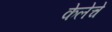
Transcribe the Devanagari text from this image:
केलेचे